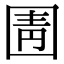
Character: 圊